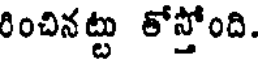
రించినట్టు తోస్తోంది.